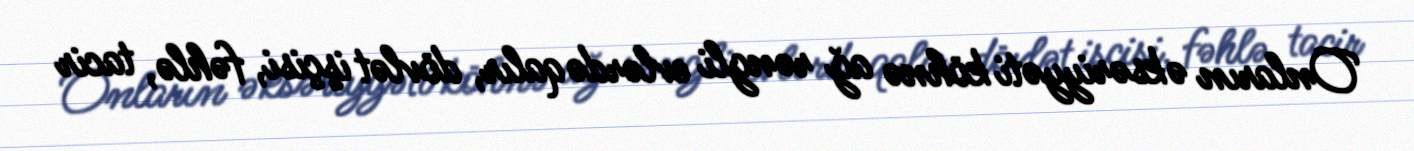
Onların əksəriyyəti köhnə ağ rəngli evlərdə qalır, dövlət işçisi, fəhlə, tacir